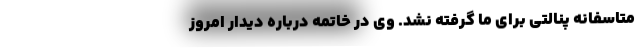
متاسفانه پنالتی برای ما گرفته نشد. وی در خاتمه درباره دیدار امروز